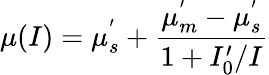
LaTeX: \mu(I)=\mu_{s}^{'}+\frac{\mu_{m}^{'}-\mu_{s}^{'}}{1+I_{0}^{\prime}/I}